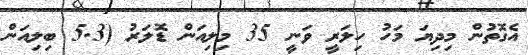
އެގޮތުން މިދިޔަ މަހު ހިލަރީ ވަނީ 35 މިލިއަން ޑޮލަރު (5.3 ބިލިއަން